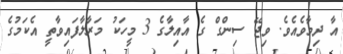
އާ ދިމާވެއެވެ. ވިޖޭ ސިންގް ގެ އާއިލާގެ 3 މީހަކު މަރާލާފައިވާތީ އެކަމުގެ